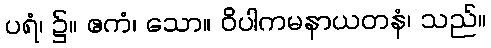
ပရံ၊ ၌။ ဧကံ၊ သော။ ဝိပါကမနာယတနံ၊ သည်။